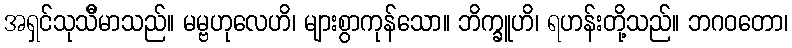
အရှင်သုသီိမာသည်။ မမ္ဗဟုလေဟိ၊ များစွာကုန်သော။ ဘိက္ခူဟိ၊ ရဟန်းတို့သည်။ ဘဂဝတော၊